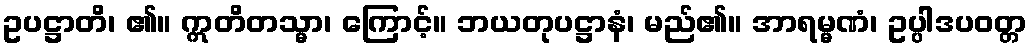
ဥပဋ္ဌာတိ၊ ၏။ ဣတိတသ္မာ၊ ကြောင့်။ ဘယတုပဋ္ဌာနံ၊ မည်၏။ အာရမ္မဏံ၊ ဥပ္ပါဒပဝတ္တ